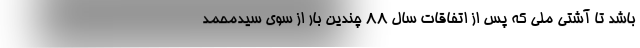
باشد تا آشتی ملی که پس از اتفاقات سال ۸۸ چندین بار از سوی سیدمحمد